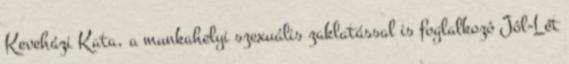
Keveházi Kata, a munkahelyi szexuális zaklatással is foglalkozó Jól-Lét